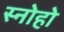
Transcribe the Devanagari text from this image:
स्नोहो